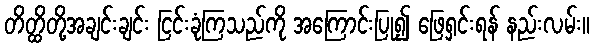
တိတ္ထိတို့အချင်းချင်း ငြင်းခုံကြသည်ကို အကြောင်းပြု၍ ဖြေရှင်းရန် နည်းလမ်း။